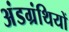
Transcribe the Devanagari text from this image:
अंडग्रंथियों